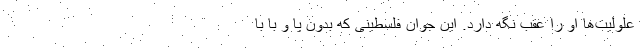
علولیت‌ها او را عقب نگه دارد. این جوان فلسطینی که بدون پا و با با